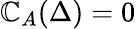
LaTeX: \mathbb{C}_{A}(\Delta)=0